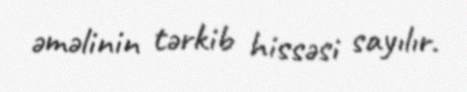
əməlinin tərkib hissəsi sayılır.